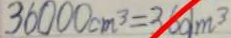
3 6 0 0 0 c m ^ { 3 } = 3 6 0 d m ^ { 3 }